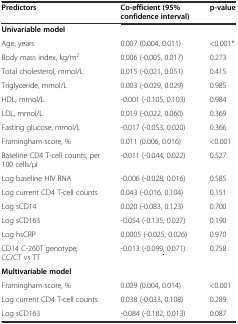
| Predictors | Co-efficient (95% confidence interval) | p-value |
 | --- | --- | --- |
 | Univariable model |  |  |
 | Age, years | 0.007 (0.004, 0.011) | <0.001* |
 | Body mass index, kg/m2 | 0.006 (-0.005, 0.017) | 0.273 |
 | Total cholesterol, mmol/L | 0.015 (-0.021, 0.051) | 0.415 |
 | Triglyceride, mmol/L | 0.003 (-0.029, 0.029) | 0.985 |
 | HDL, mmol/L | -0.001 (-0.105, 0.103) | 0.984 |
 | LDL, mmol/L | 0.019 (-0.022, 0.060) | 0.369 |
 | Fasting glucose, mmol/L | -0.017 (-0.053, 0.020) | 0.366 |
 | Framingham score, % | 0.011 (0.006, 0.016) | <0.001 |
 | Baseline CD4 T-cell counts, per 100 cells/μl | -0.011 (-0.044, 0.022) | 0.527 |
 | Log baseline HIV RNA | -0.006 (-0.028, 0.016) | 0.585 |
 | Log current CD4 T-cell counts | 0.043 (-0.016, 0.104) | 0.151 |
 | Log sCD14 | 0.020 (-0.083, 0.123) | 0.700 |
 | Log sCD163 | -0.054 (-0.135, 0.027) | 0.190 |
 | Log hsCRP | 0.0005 (-0.025, 0.026) | 0.970 |
 | CD14 C-260T genotype; CC/CT vs TT | -0.013 (-0.099<underline>,</underline> 0.071) | 0.758 |
 | Multivariable model |  |  |
 | Framingham score, % | 0.009 (0.004, 0.014) | <0.001 |
 | Log current CD4 T-cell counts | 0.038 (-0.033, 0.108) | 0.289 |
 | Log sCD163 | -0.084 (-0.182, 0.013) | 0.087 |